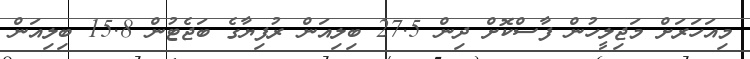
މިއަހަރަށް މަޖިލީހުން ފާސްކޮށް ދިން 27.5 ބިލިއަން ރުފިޔާގެ ބަޖެޓުން 15.8 ބިލިއަން